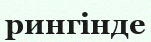
рингінде